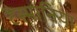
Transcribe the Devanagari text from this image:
टैस्मानिया